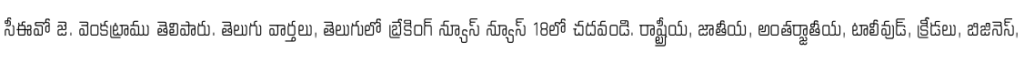
సీఈవో జె. వెంకట్రాము తెలిపారు. తెలుగు వార్తలు, తెలుగులో బ్రేకింగ్ న్యూస్ న్యూస్ 18లో చదవండి. రాష్ట్రీయ, జాతీయ, అంతర్జాతీయ, టాలీవుడ్, క్రీడలు, బిజినెస్,